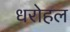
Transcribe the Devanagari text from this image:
धरोहल